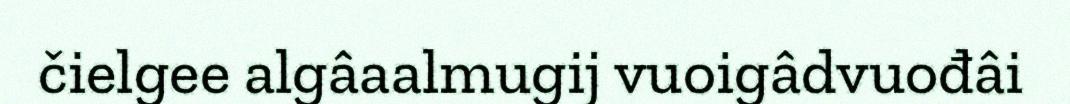
čielgee algâaalmugij vuoigâdvuođâi